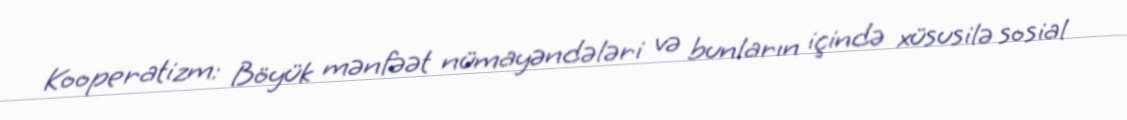
Kooperatizm: Böyük mənfəət nümayəndələri və bunların içində xüsusilə sosial